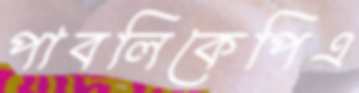
পাবলিকেপিএ